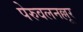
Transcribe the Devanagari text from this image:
पेरुवलनल्लूर